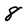
Character: 8